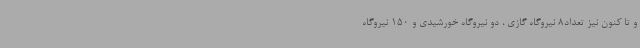
و تا کنون نیز تعداد8 نیروگاه گازی ، دو نیروگاه خورشیدی و 150 نیروگاه